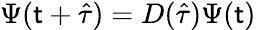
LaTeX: \Psi(\mathsf{t}+\hat{{\tau}})=D(\hat{{\tau}})\Psi(\mathsf{t})